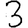
Digit: 3